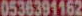
0536391162